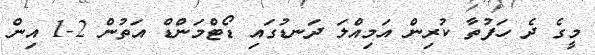
މީގެ ދެ ހަފުތާ ކުރިން އަމިއްލަ ދަނޑުގައި ޑޯޓްމަންޑް އަތުން 2-1 އިން